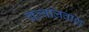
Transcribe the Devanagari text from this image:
चल्वलिवशि